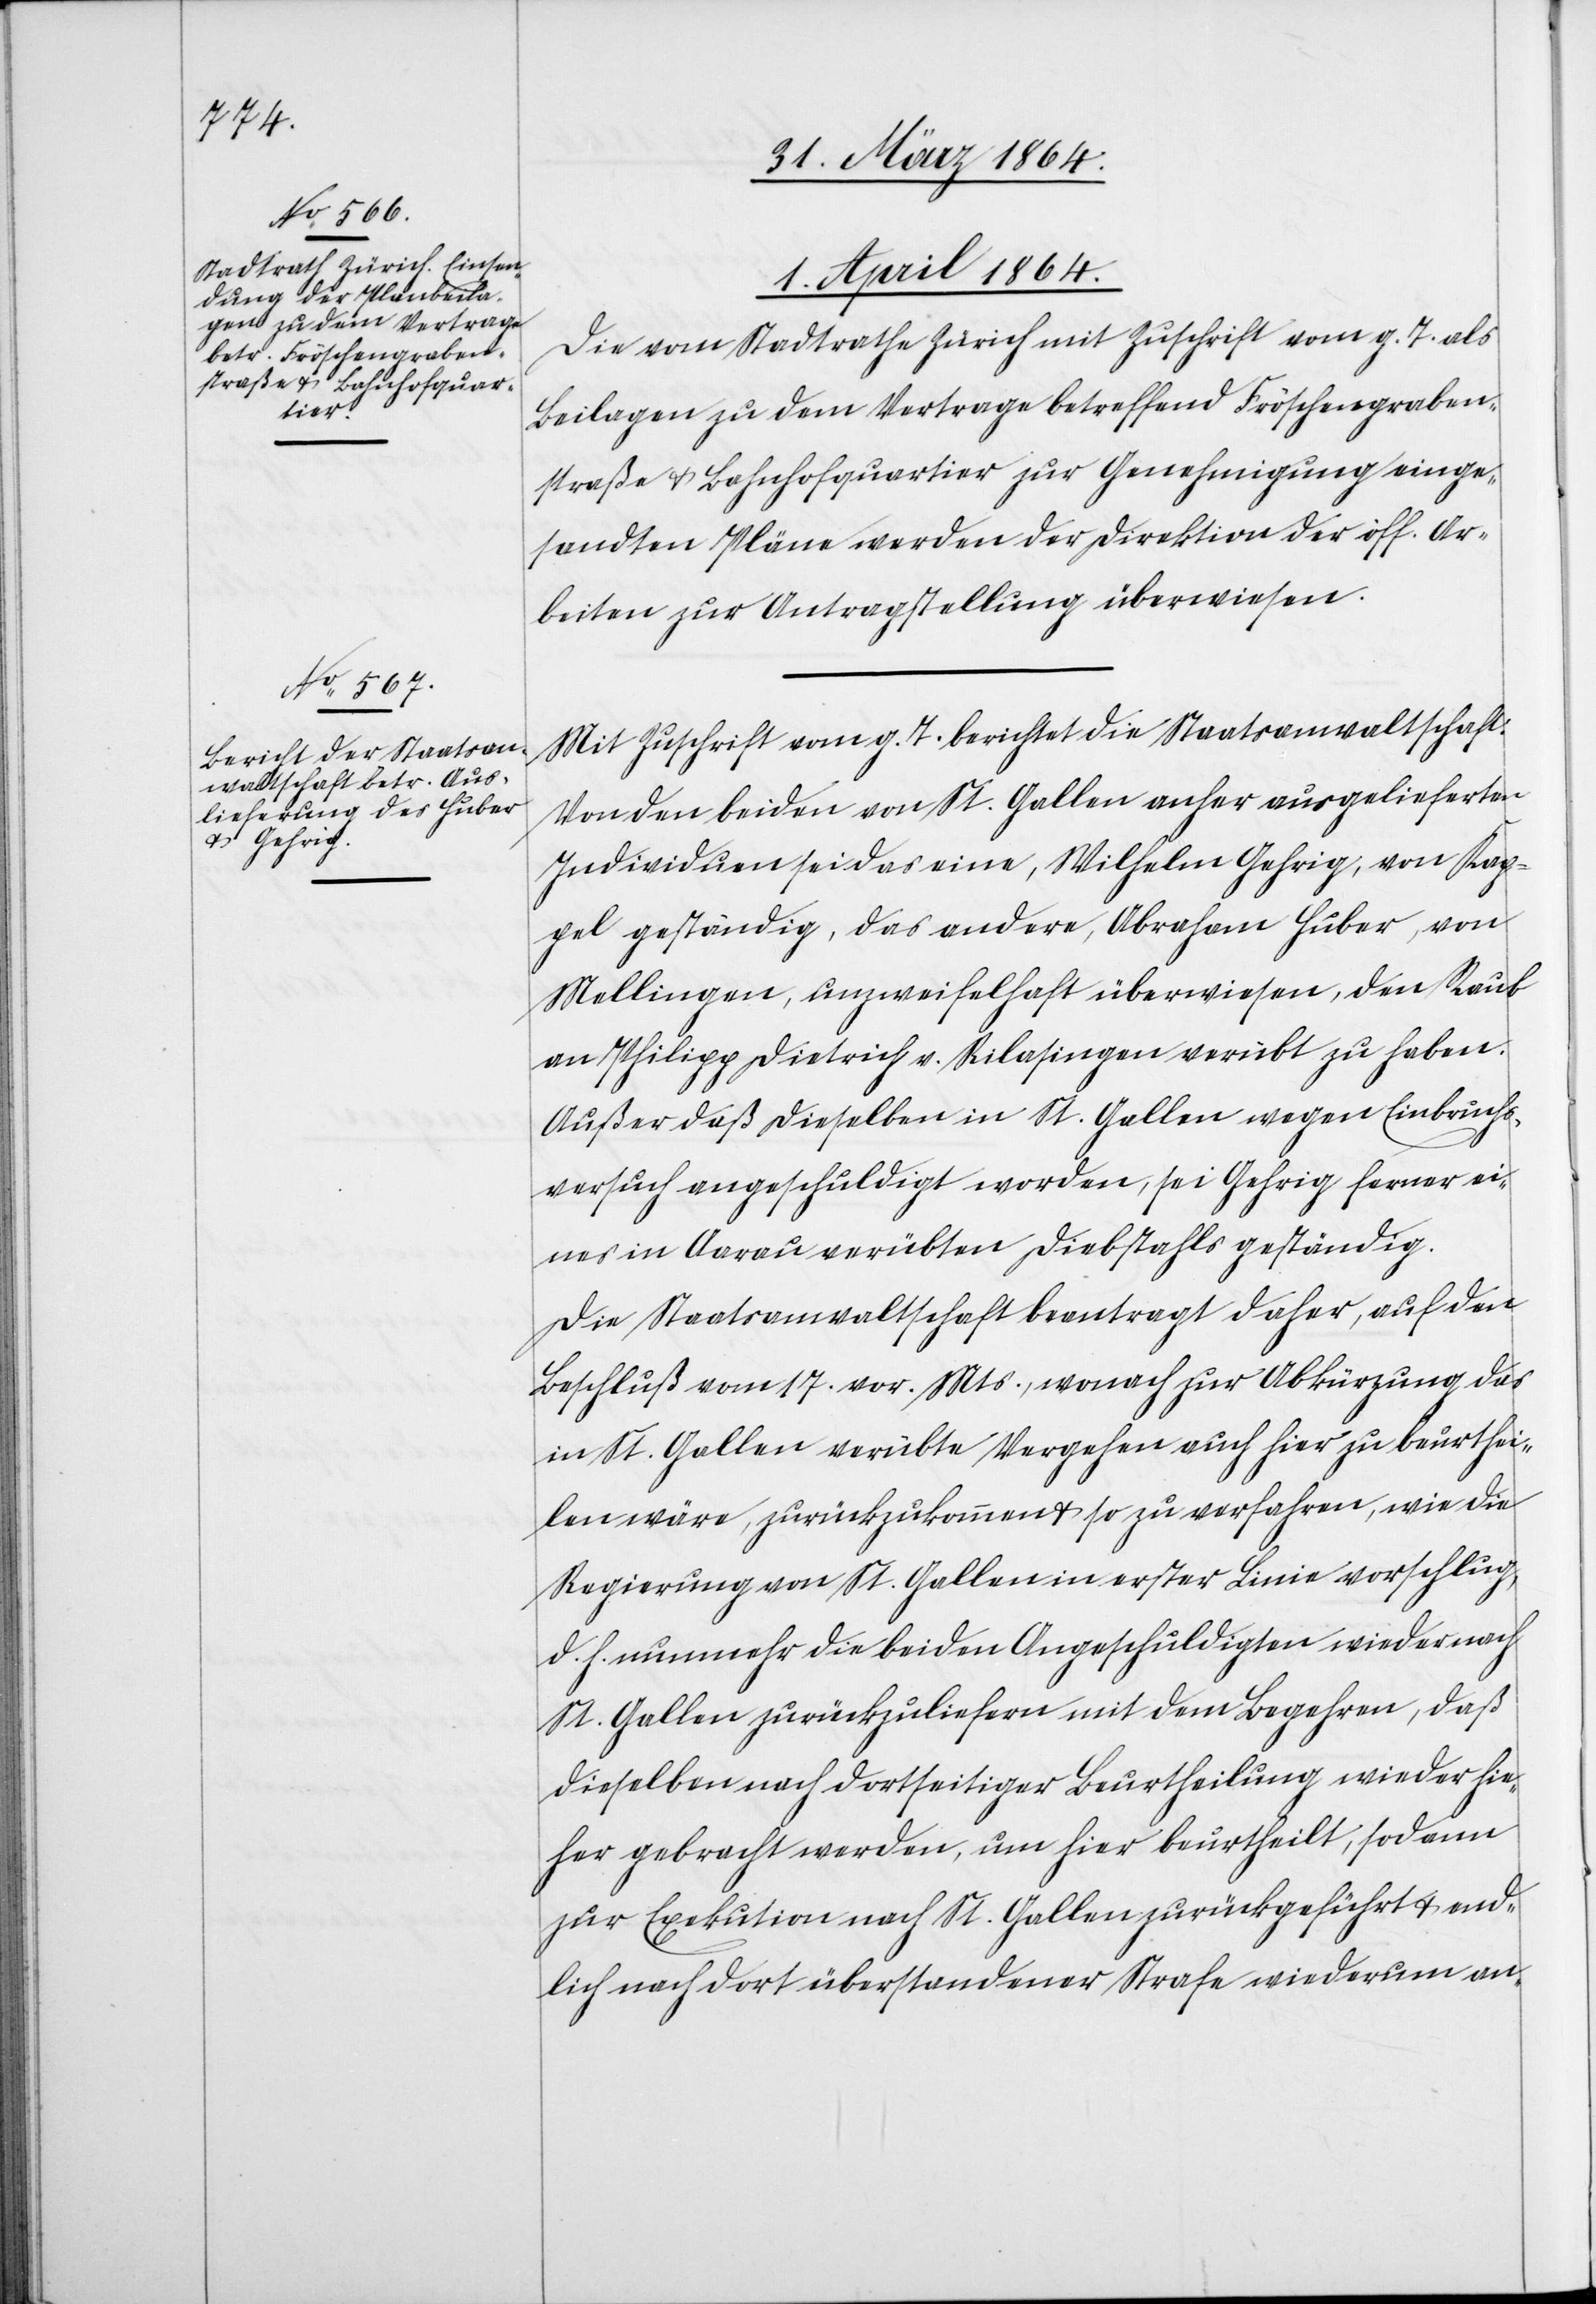
1. April 1864.]
Die vom Stadtrathe Zürich mit Zuschrift vom g. T. als
Beilagen zu dem Vertrage betreffend Fröschengraben¬
straße u. Bahnhofquartier zur Genehmigung einge¬
sandten Pläne werden der Direktion der öff. Ar¬
beiten zur Antragstellung überwiesen.
Mit Zuschrift vom g. T. berichtet die Staatsanwaltschaft:
Von den beiden von St. Gallen anher ausgelieferten
Individuen sei das eine, Wilhelm Gehrig, von Kap¬
pel geständig, das andere, Abraham Huber, von
Mellingen, unzweifelhaft überwiesen, den Raub
an Philipp Dietrich v. Rilasingen verübt zu haben.
Außer daß dieselben in St. Gallen wegen Einbruchs¬
versuch angeschuldigt worden, sei Gehrig ferner ei¬
nes in Aarau verübten Diebstahls geständig.
Die Staatsanwaltschaft beantragt daher, auf den
Beschluß vom 17. vor. Mts., wonach zur Abkürzung das
in St. Gallen verübte Vergehen auch hier zu beurthei¬
len wäre, zurückzukommen u. so zu verfahren, wie die
Regierung von St. Gallen in erster Linie vorschlug,
d. h. nunmehr die beiden Angeschuldigten wieder nach
St. Gallen zurückzuliefern mit dem Begehren, daß
dieselben nach dortseitiger Beurtheilung wieder hie¬
her gebracht werden, um hier beurtheilt, sodann
zur Exekution nach St. Gallen zurückgeführt u. end¬
lich nach dort überstandener Strafe wiederum an-